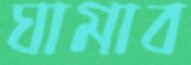
ঘামাব